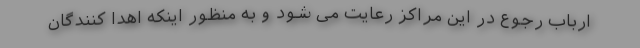
ارباب رجوع در این مراکز رعایت می شود و به منظور اینکه اهدا کنندگان